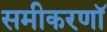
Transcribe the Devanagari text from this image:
समीकरणॉ